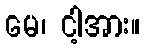
မေ၊ ငါ့အား။